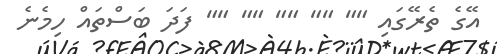
އޭގެ ތެރޭގައި "" "" "" "" "" ފަދަ ބަސްތައް ހިމެނެ